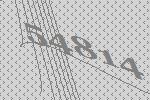
54814